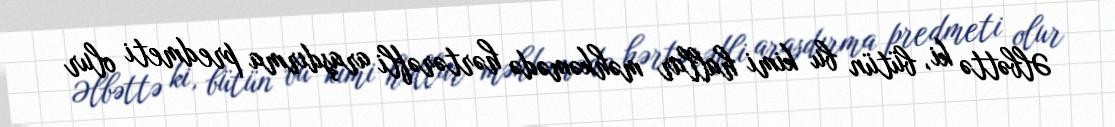
Əlbəttə ki, bütün bu kimi hallar məhkəmədə hərtərəfli araşdırma predmeti olur